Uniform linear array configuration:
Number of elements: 48
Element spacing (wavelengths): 0.5
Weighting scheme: uniform
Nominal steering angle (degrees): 0
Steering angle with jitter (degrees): -0.7364
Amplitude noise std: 0.05
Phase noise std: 0.05

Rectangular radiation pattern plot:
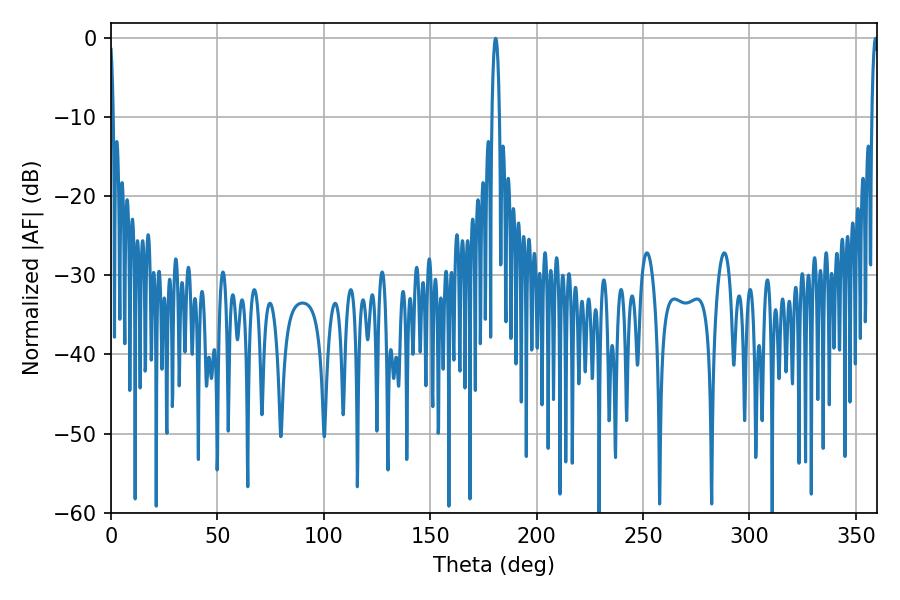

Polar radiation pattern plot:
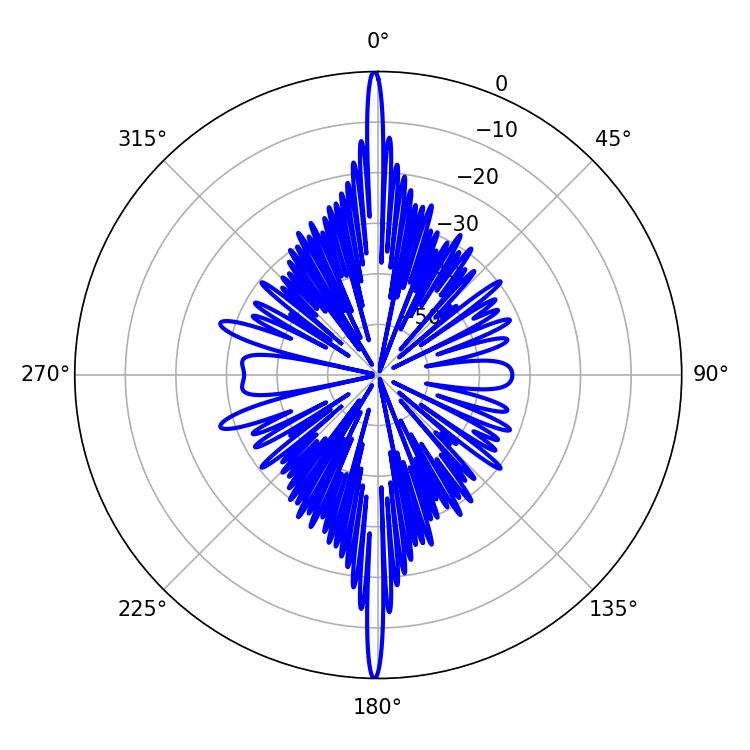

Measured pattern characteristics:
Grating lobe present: FALSE
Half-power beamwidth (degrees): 1.8
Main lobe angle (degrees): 180.72